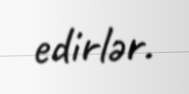
edirlər.